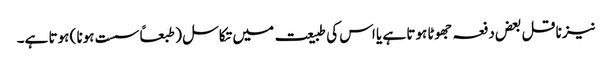
نیز ناقل بعض دفعہ جھوٹا ہوتا ہے یا اس کی طبیعت میں تکاسل ( طبعاً سست ہونا ) ہوتا ہے۔